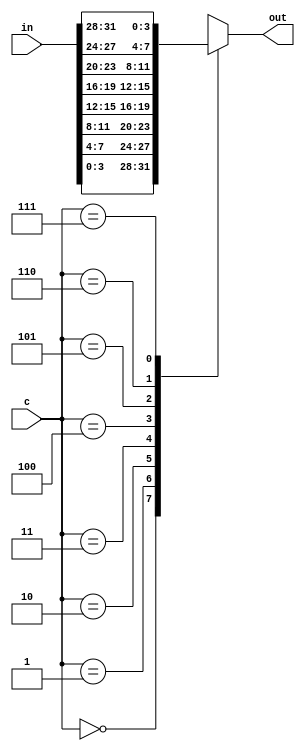
`timescale 1ns / 1ps
//////////////////////////////////////////////////////////////////////////////////
// Company: 
// Engineer: 
// 
// Design Name: 
// Module Name: mux_8_4
// Project Name: 
// Target Devices: 
// Tool Versions: 
// Description: 
// 
// Dependencies: 
// 
// Revision:
// Revision 0.01 - File Created
// Additional Comments:
// 
//////////////////////////////////////////////////////////////////////////////////


module mux_8_4 (input[31:0]in,
input [2:0]c ,
output reg [3:0]out);
always @(*) begin
case(c)
0:out=in[3:0];
1:out=in[7:4];
2:out=in[11:8];
3:out=in[15:12];
4:out=in[19:16];
5:out=in[23:20];
6:out=in[27:24];
7:out=in[31:28];
endcase
end
endmodule